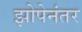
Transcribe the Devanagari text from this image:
झोपेनंतर